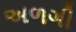
અળગી